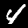
Digit: 4